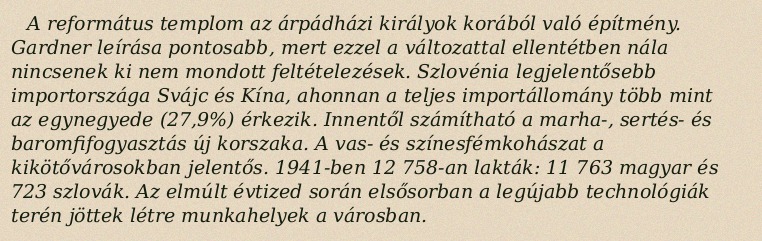
A református templom az árpádházi királyok korából való építmény. Gardner leírása pontosabb, mert ezzel a változattal ellentétben nála nincsenek ki nem mondott feltételezések. Szlovénia legjelentősebb importországa Svájc és Kína, ahonnan a teljes importállomány több mint az egynegyede (27,9%) érkezik. Innentől számítható a marha-, sertés- és baromfifogyasztás új korszaka. A vas- és színesfémkohászat a kikötővárosokban jelentős. 1941-ben 12 758-an lakták: 11 763 magyar és 723 szlovák. Az elmúlt évtized során elsősorban a legújabb technológiák terén jöttek létre munkahelyek a városban.